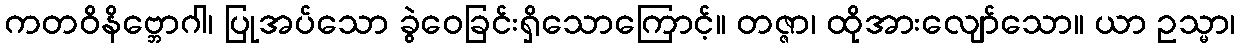
ကတဝိနိဗ္ဘောဂါ၊ ပြုအပ်သော ခွဲဝေခြင်းရှိသောကြောင့်။ တဇ္ဇာ၊ ထိုအားလျော်သော။ ယာ ဥသ္မာ၊